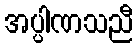
အပ္ပါဏသညီ